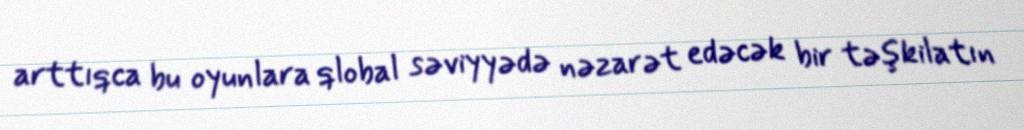
arttıqca bu oyunlara qlobal səviyyədə nəzarət edəcək bir təşkilatın